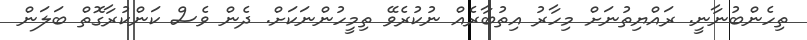
ތިހެންބުނާނީ. ރައްޔިތުނަށް މިހާރު އިތުބާރެއް ނުކުރެވޭ ތިމީހުންނަކަށް. ދެން ވެސް ކަންކުރާގޮތް ބަލަން